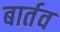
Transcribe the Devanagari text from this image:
बार्तव